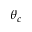
\theta _ { c }